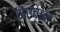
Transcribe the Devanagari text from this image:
मेंएवान